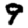
Digit: 9